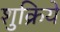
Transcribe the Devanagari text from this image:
शुक्रिये